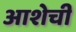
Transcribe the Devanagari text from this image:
आशेची